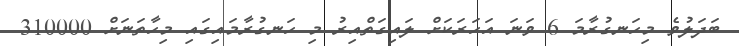
ބަދަލުވެ މިހަނގުރާމަ 6 ވަނަ އަހަރަކަށް ލައިގަތްއިރު މި ހަނގުރާމައިގައި މިހާތަނަށް 310000